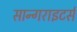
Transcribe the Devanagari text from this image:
सान्गराइटर्स